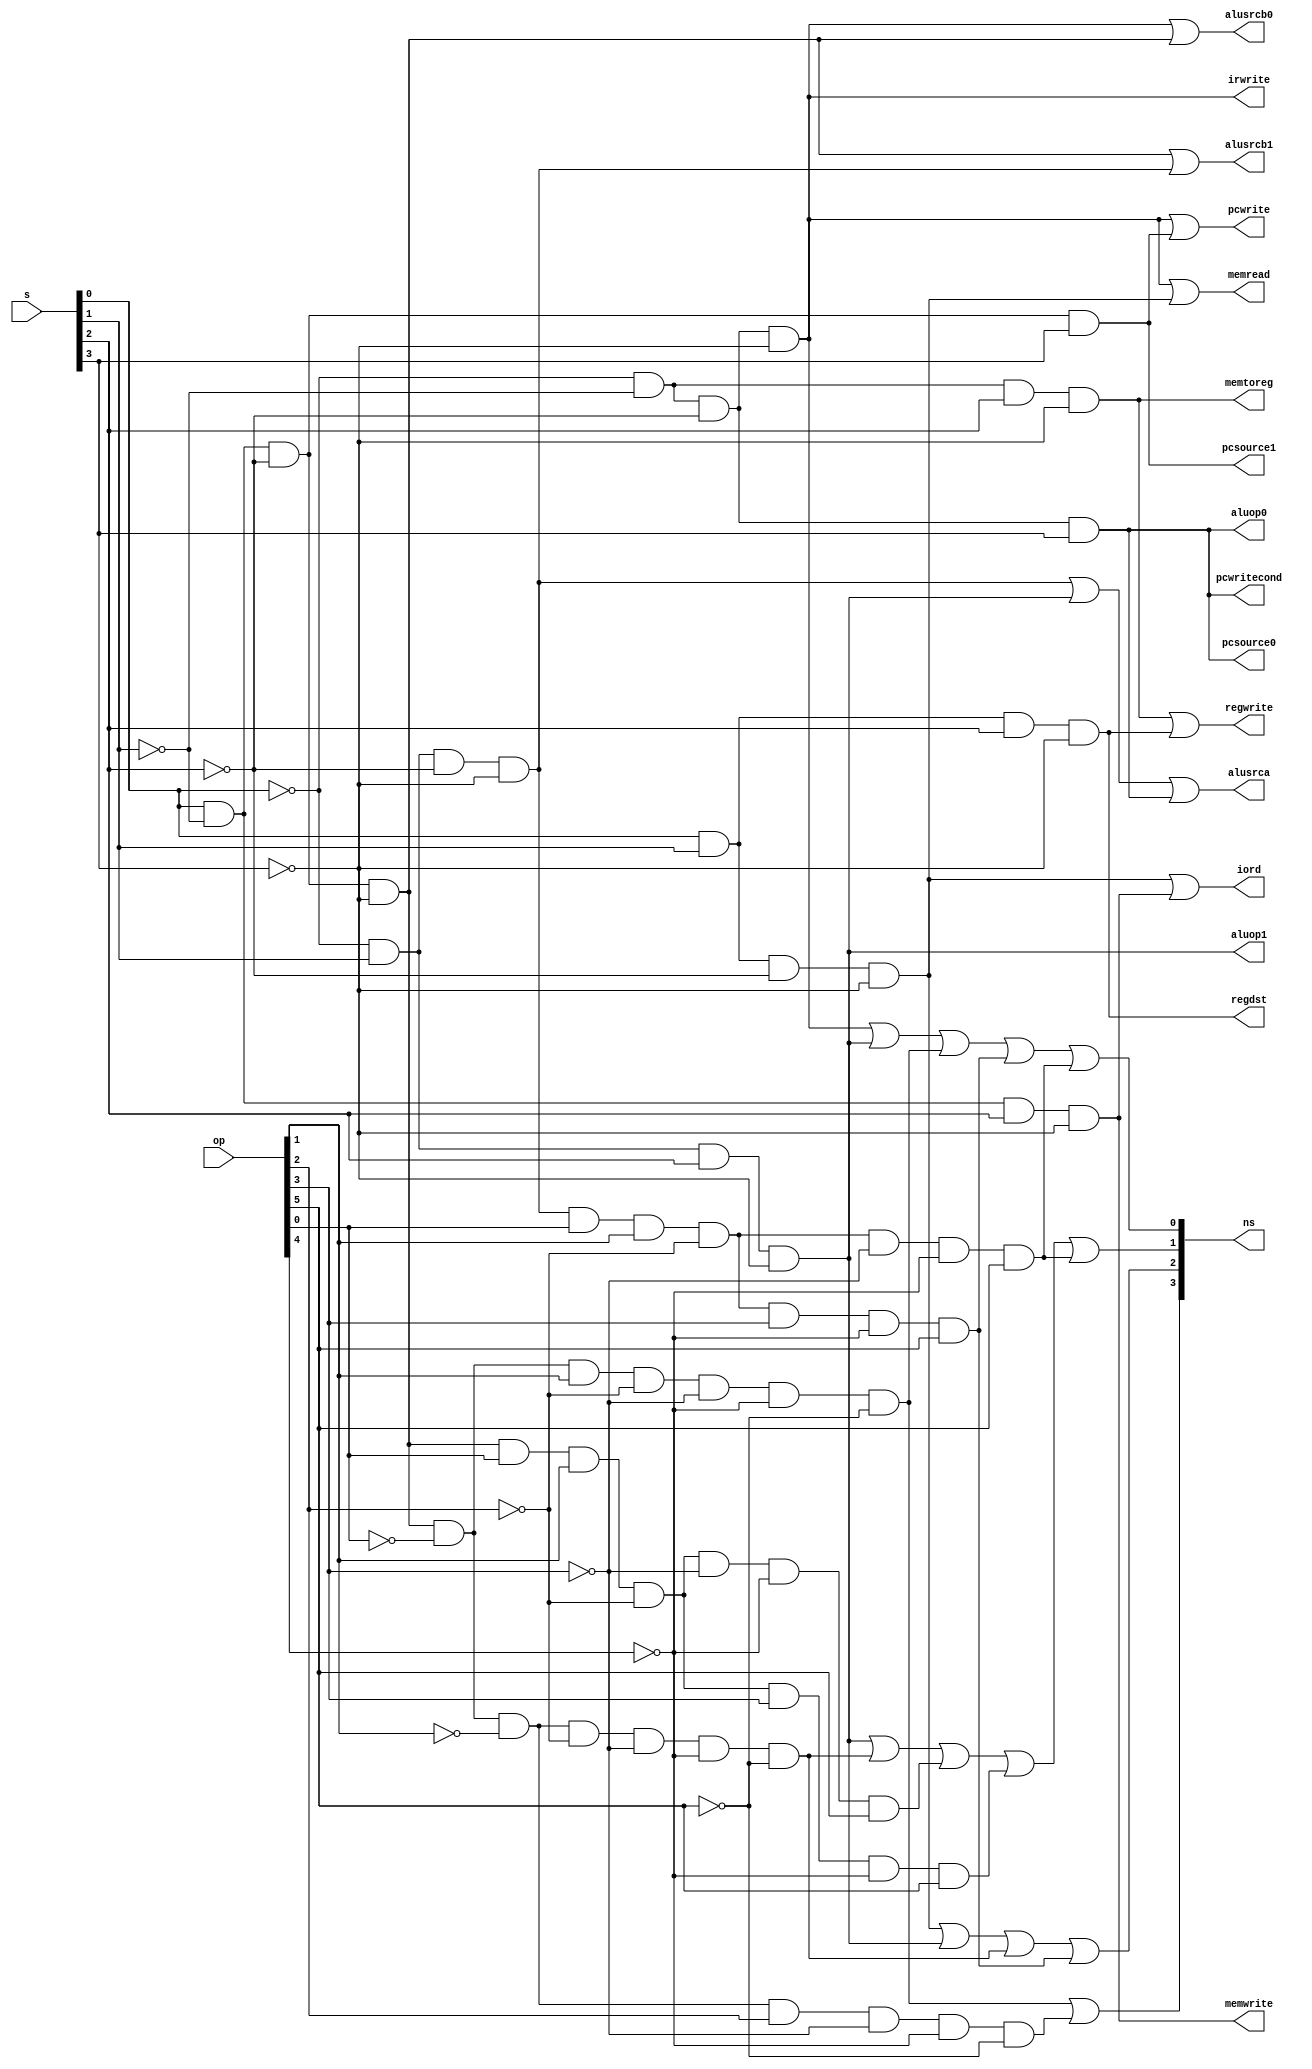
module mult_cont(pcwrite,pcwritecond,iord,memread,memwrite,irwrite,memtoreg,pcsource1,pcsource0,aluop1,aluop0,alusrcb1,alusrcb0,alusrca,regwrite,regdst,ns,op,s);

input [3:0] s;
input [5:0]op ;

output [3:0] ns;
output pcwrite,pcwritecond,iord,memread,memwrite,irwrite,memtoreg,pcsource1,pcsource0,aluop1,aluop0,alusrcb1,alusrcb0,alusrca,regwrite,regdst;

wire [16:0] lines;

assign lines[0] = ( ~s[0] & ~s[1] & ~s[2] & ~s[3] ) ;

assign lines[1] = ( s[0] & ~s[1] & ~s[2] & ~s[3] ) ;

assign lines[2] = ( ~s[0] & s[1] & ~s[2] & ~s[3] ) ;

assign lines[3] = ( s[0] & s[1] & ~s[2] & ~s[3] ) ;

assign lines[4] = ( ~s[0] & ~s[1] & s[2] & ~s[3] ) ;

assign lines[5] = ( s[0] & ~s[1] & s[2] & ~s[3] ) ;

assign lines[6] = ( ~s[0] & s[1] & s[2] & ~s[3] ) ;

assign lines[7] = ( s[0] & s[1] & s[2] & ~s[3] ) ;

assign lines[8] = ( ~s[0] & ~s[1] & ~s[2] & s[3] ) ;

assign lines[9] = ( s[0] & ~s[1] & ~s[2] & s[3] ) ;

assign lines[10] = ( s[0] & ~s[1] & ~s[2] & ~s[3] & ~op[0] & op[1] & ~op[2] & ~op[3] & ~op[4] & ~op[5] ) ;

assign lines[11] = ( s[0] & ~s[1] & ~s[2] & ~s[3] & ~op[0] & ~op[1] & op[2] & ~op[3] & ~op[4] & ~op[5] ) ;

assign lines[12] = ( s[0] & ~s[1] & ~s[2] & ~s[3] & ~op[0] & ~op[1] & ~op[2] & ~op[3] & ~op[4] & ~op[5] ) ;

assign lines[13] = ( ~s[0] & s[1] & ~s[2] & ~s[3] & op[0] & op[1] & ~op[2] & op[3] & ~op[4] & op[5] ) ;

assign lines[14] = ( s[0] & ~s[1] & ~s[2] & ~s[3] & op[0] & op[1] & ~op[2] & ~op[3] & ~op[4] & op[5] ) ;

assign lines[15] = ( s[0] & ~s[1] & ~s[2] & ~s[3] & op[0] & op[1] & ~op[2] & op[3] & ~op[4] & op[5] ) ;

assign lines[16] = ( ~s[0] & s[1] & ~s[2] & ~s[3] & op[0] & op[1] & ~op[2] & ~op[3] & ~op[4] & op[5] ) ;







assign pcwrite = lines[0] || lines[9];

assign pcwritecond = lines[8] ;

assign iord = lines[3] || lines[5] ;

assign memread = lines[0] || lines[3] ;

assign memwrite = lines[5] ;

assign irwrite = lines[0] ;

assign memtoreg = lines[4] ;

assign pcsource1 = lines[9] ;

assign pcsource0 = lines[8] ;

assign aluop1 = lines[6] ;

assign aluop0 = lines[8] ;

assign alusrcb1 = lines[1] || lines[2] ;

assign alusrcb0 = lines[0] || lines[1] ;

assign alusrca = lines[2] || lines[6] || lines[8] ;

assign regwrite = lines[4] || lines[7] ;

assign regdst = lines[7] ;

assign ns[3] = lines[10] || lines[11] ;

assign ns[2] = lines[3] || lines[6] || lines[12] || lines[13] ;

assign ns[1] = lines[6] || lines[12] || lines[14] || lines[15] || lines[16] ;

assign ns[0] = lines[0] || lines[6] || lines[10] || lines[13] || lines[16] ;

endmodule